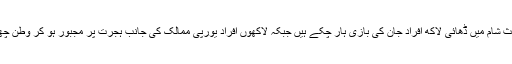
جنگ کے باعث شام میں ڈھائی لاکھ افراد جان کی بازی ہار چکے ہیں جبکہ لاکھوں افراد یورپی ممالک کی جانب ہجرت پر مجبور ہو کر وطن چھوڑ چکے ہیں۔